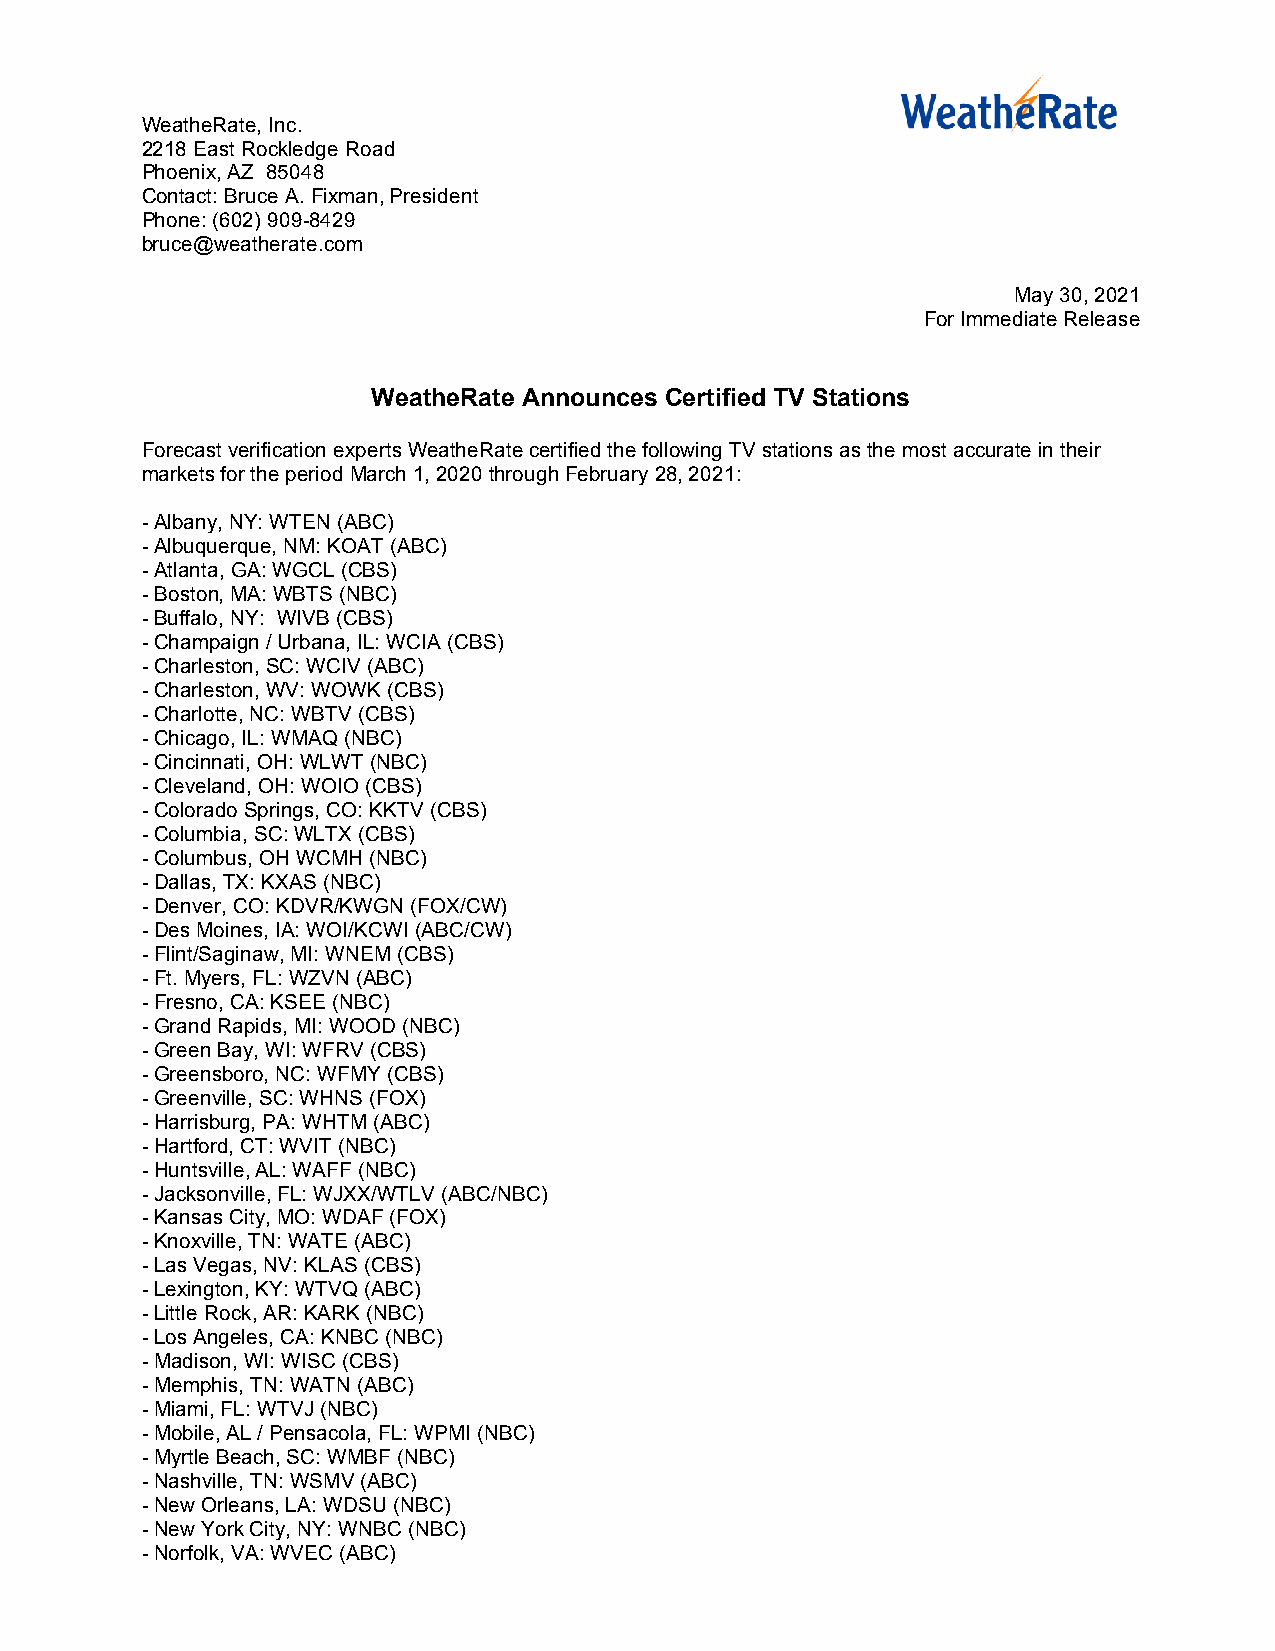
WeatheRate, Inc.
 2218 East Rockledge Road
 Phoenix, AZ 85048
 Contact: Bruce A. Fixman, President
 Phone: (602) 909-8429
 bruce@weatherate.com
 May 30, 2021
 For Immediate Release
 WeatheRate Announces Certified TV Stations
 Forecast verification experts WeatheRate certified the following TV stations as the most accurate in their
 markets for the period March 1, 2020 through February 28, 2021:
 - Albany, NY: WTEN (ABC)
 - Albuquerque, NM: KOAT (ABC)
 - Atlanta, GA: WGCL (CBS)
 - Boston, MA: WBTS (NBC)
 - Buffalo, NY: WIVB (CBS)
 - Champaign / Urbana, IL: WCIA (CBS)
 - Charleston, SC: WCIV (ABC)
 - Charleston, WV: WOWK (CBS)
 - Charlotte, NC: WBTV (CBS)
 - Chicago, IL: WMAQ (NBC)
 - Cincinnati, OH: WLWT (NBC)
 - Cleveland, OH: WOIO (CBS)
 - Colorado Springs, CO: KKTV (CBS)
 - Columbia, SC: WLTX (CBS)
 - Columbus, OH WCMH (NBC)
 - Dallas, TX: KXAS (NBC)
 - Denver, CO: KDVR/KWGN (FOX/CW)
 - Des Moines, IA: WOI/KCWI (ABC/CW)
 - Flint/Saginaw, MI: WNEM (CBS)
 - Ft. Myers, FL: WZVN (ABC)
 - Fresno, CA: KSEE (NBC)
 - Grand Rapids, MI: WOOD (NBC)
 - Green Bay, WI: WFRV (CBS)
 - Greensboro, NC: WFMY (CBS)
 - Greenville, SC: WHNS (FOX)
 - Harrisburg, PA: WHTM (ABC)
 - Hartford, CT: WVIT (NBC)
 - Huntsville, AL: WAFF (NBC)
 - Jacksonville, FL: WJXX/WTLV (ABC/NBC)
 - Kansas City, MO: WDAF (FOX)
 - Knoxville, TN: WATE (ABC)
 - Las Vegas, NV: KLAS (CBS)
 - Lexington, KY: WTVQ (ABC)
 - Little Rock, AR: KARK (NBC)
 - Los Angeles, CA: KNBC (NBC)
 - Madison, WI: WISC (CBS)
 - Memphis, TN: WATN (ABC)
 - Miami, FL: WTVJ (NBC)
 - Mobile, AL / Pensacola, FL: WPMI (NBC)
 - Myrtle Beach, SC: WMBF (NBC)
 - Nashville, TN: WSMV (ABC)
 - New Orleans, LA: WDSU (NBC)
 - New York City, NY: WNBC (NBC)
 - Norfolk, VA: WVEC (ABC)